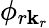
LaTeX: \phi_{r\mathbf k_{r}}